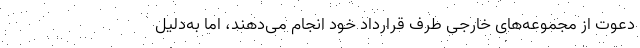
دعوت از مجموعه‌های خارجی طرف قرارداد خود انجام می‌دهند، اما به‌دلیل